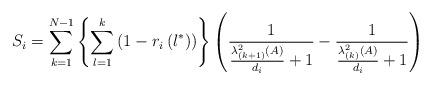
LaTeX: \begin{align*}S_{i}=\sum_{k=1}^{N-1}\left\{ \sum_{l=1}^{k}\left( 1-r_{i}\left( l^{\ast}\right) \right) \right\} \left( \frac{1}{\frac{\lambda_{\left(k+1\right) }^{2}(A)}{d_{i}}+1}-\frac{1}{\frac{\lambda_{\left( k\right)}^{2}(A)}{d_{i}}+1}\right) \end{align*}